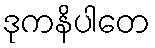
ဒုကနိပါတေ